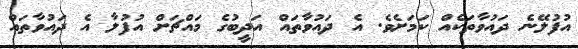
އުފުލޭނެ ދައުވާތަކެއް ކަމަށެވެ. އެ ދައުވާތައް އަދީބުގެ މައްޗަށް އުފުލާ އެ ދައުވާތައް